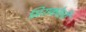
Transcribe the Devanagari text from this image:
मिराकोली